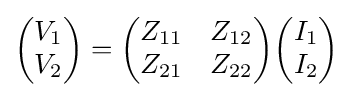
{\begin{pmatrix}V_{1}\\V_{2}\end{pmatrix}}={\begin{pmatrix}Z_{11}&Z_{12}\\Z_{21}&Z_{22}\end{pmatrix}}{\begin{pmatrix}I_{1}\\I_{2}\end{pmatrix}}